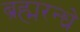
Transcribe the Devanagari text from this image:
ब्रह्मरन्ध्रे